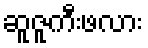
ဆူဇူကီးဖလား